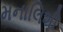
મનાલિશી